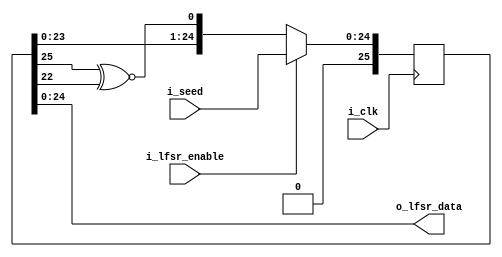
module LFSR (
    input i_clk,
    input i_lfsr_enable,
    input [NUM_BITS - 1 : 0] i_seed,
    output [NUM_BITS - 1 : 0]o_lfsr_data
);

//parameter
parameter NUM_BITS = 25;

parameter IDLE = 0;

//reg and wire
reg [NUM_BITS:0]o_lfsr_data_w,o_lfsr_data_r;
wire r_XNOR;
assign o_lfsr_data = o_lfsr_data_r;
assign r_XNOR = o_lfsr_data_r[25]^~o_lfsr_data_r[22];
always @(*) begin
    o_lfsr_data_w = {o_lfsr_data_r[NUM_BITS-2:0], r_XNOR};
end

always @(posedge i_clk)begin
    if (i_lfsr_enable == 1'b1)
    begin
        o_lfsr_data_r <= i_seed;
    end
    else begin
        o_lfsr_data_r <= o_lfsr_data_w;
    end
end

endmodule